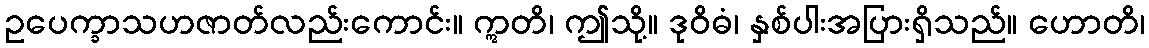
ဥပေက္ခာသဟဇာတ်လည်းကောင်း။ ဣတိ၊ ဤသို့။ ဒုဝိဓံ၊ နှစ်ပါးအပြားရှိသည်။ ဟောတိ၊